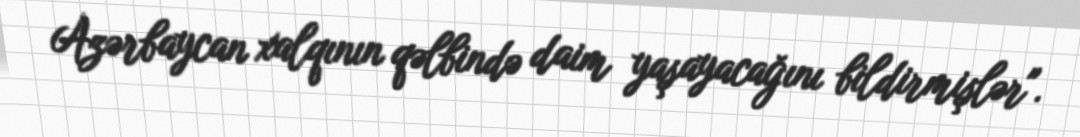
Azərbaycan xalqının qəlbində daim yaşayacağını bildirmişlər".